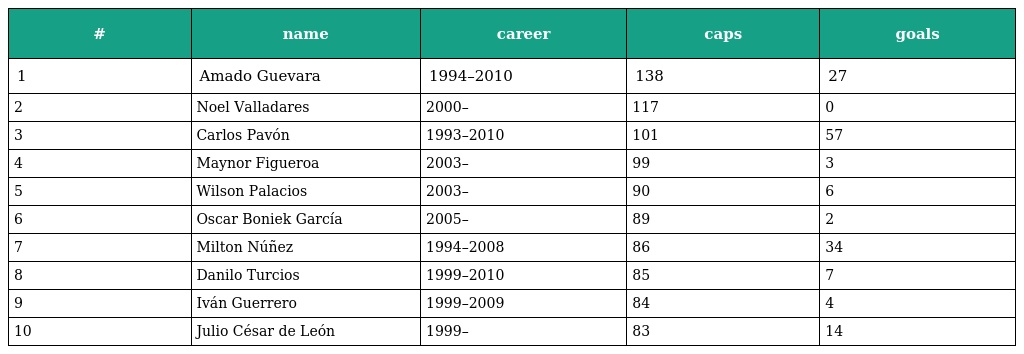
| # | name | career | caps | goals |
 | --- | --- | --- | --- | --- |
 | 1 | Amado Guevara | 1994–2010 | 138 | 27 |
 | 2 | Noel Valladares | 2000– | 117 | 0 |
 | 3 | Carlos Pavón | 1993–2010 | 101 | 57 |
 | 4 | Maynor Figueroa | 2003– | 99 | 3 |
 | 5 | Wilson Palacios | 2003– | 90 | 6 |
 | 6 | Oscar Boniek García | 2005– | 89 | 2 |
 | 7 | Milton Núñez | 1994–2008 | 86 | 34 |
 | 8 | Danilo Turcios | 1999–2010 | 85 | 7 |
 | 9 | Iván Guerrero | 1999–2009 | 84 | 4 |
 | 10 | Julio César de León | 1999– | 83 | 14 |